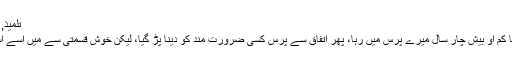
تلمیذ, ‏مئی 21, 2011
اس کہانی کا تراشا کم او بیش چار سال میرے پرس میں رہا، پھر اتفاق سے پرس کسی ضرورت مند کو دینا پڑ گیا، لیکن خوش قسمتی سے میں اسے اسکین کر چکا تھا۔